Bréfritari: Lárus Bjarnason
Dagsetning: A-1880-04-22
Skrifað á: Vesturheimi

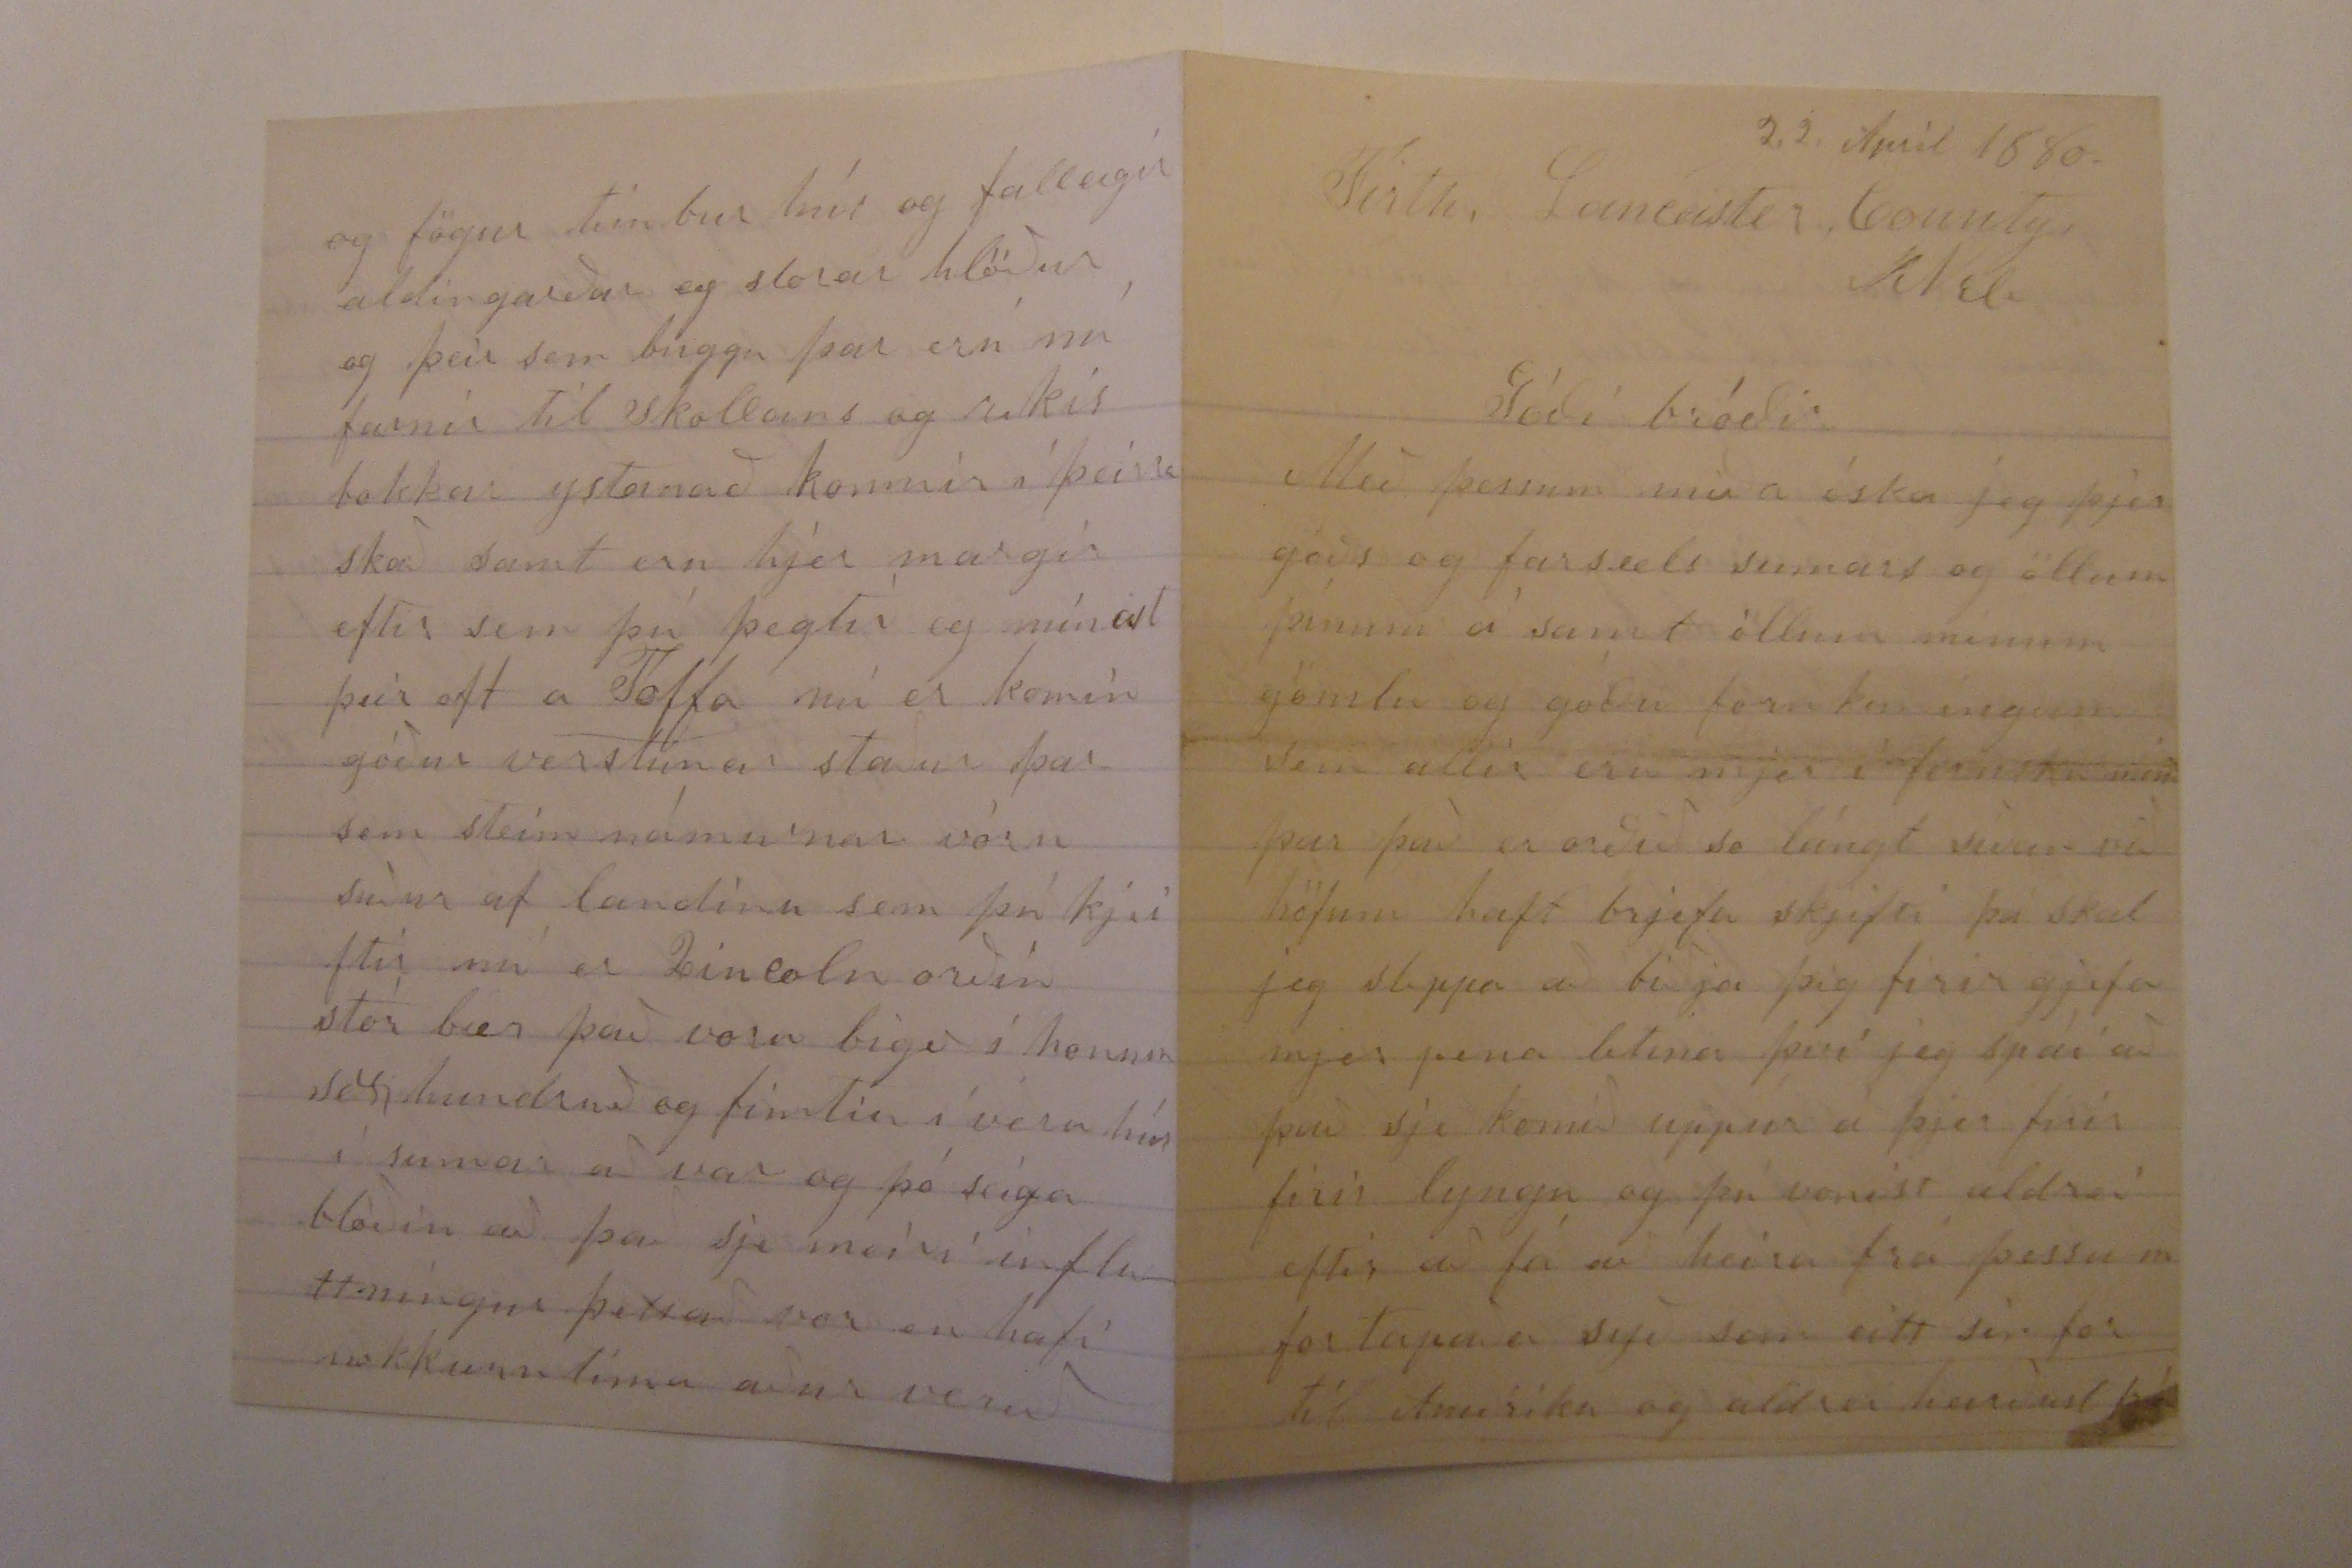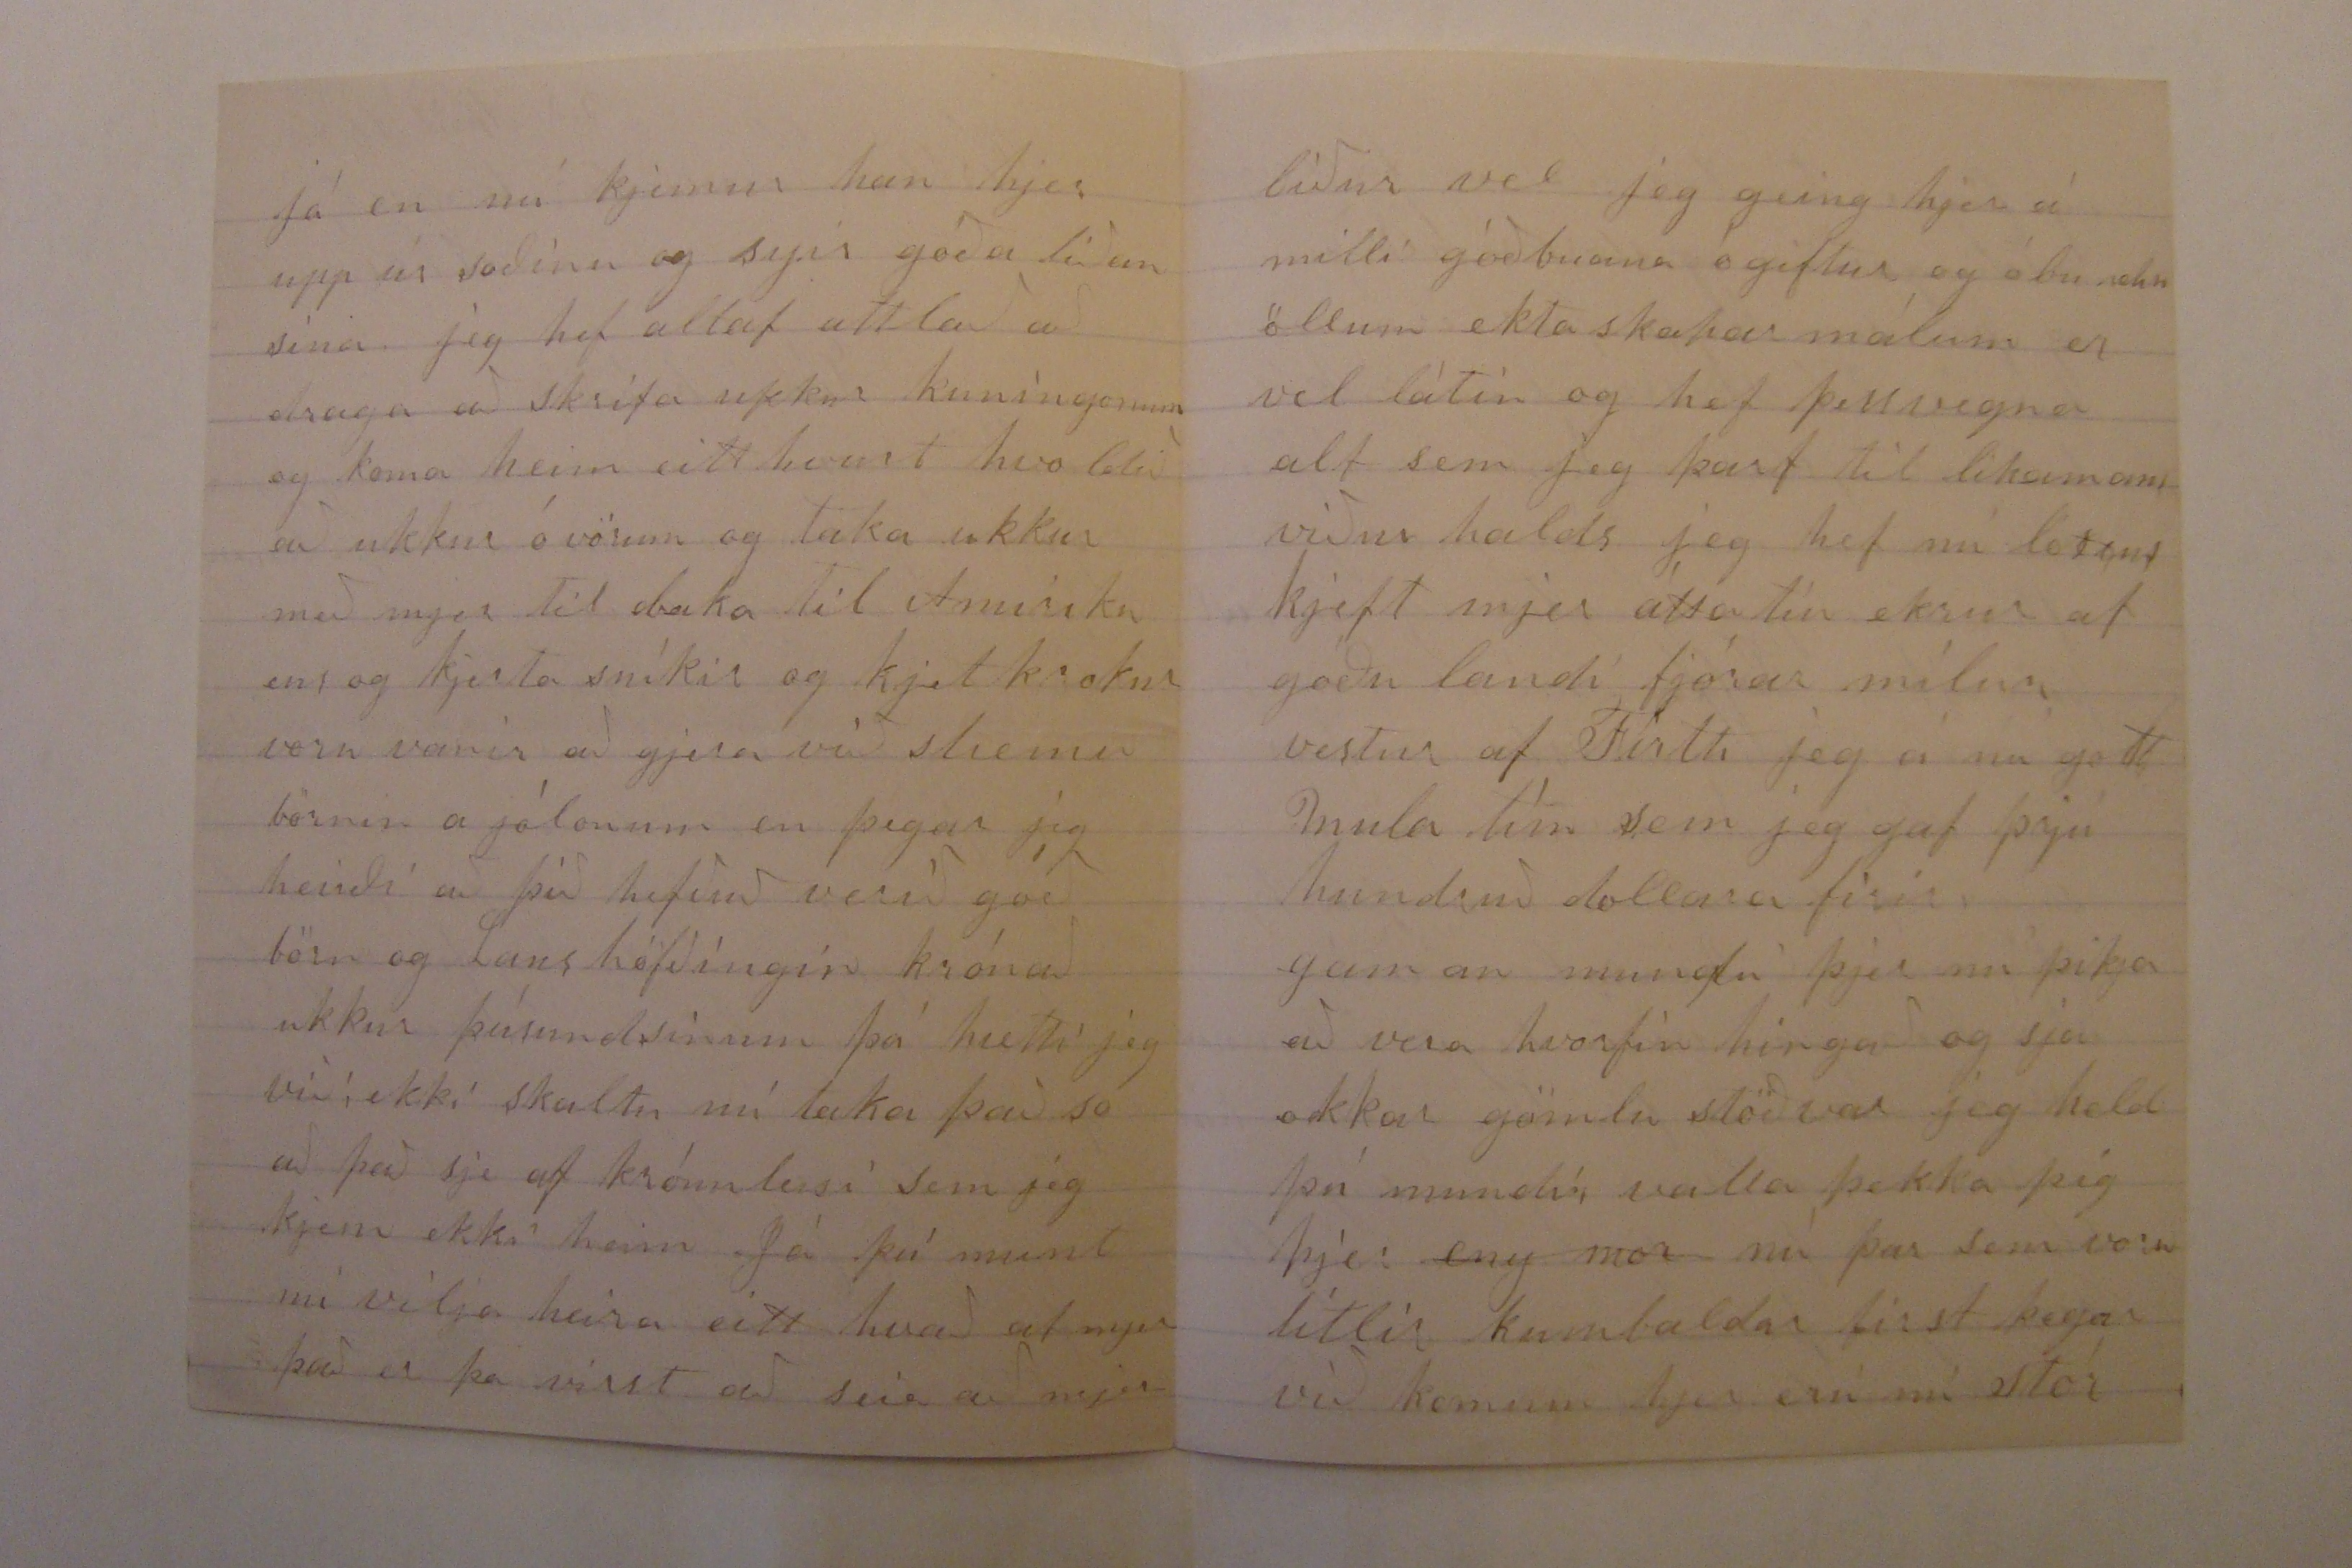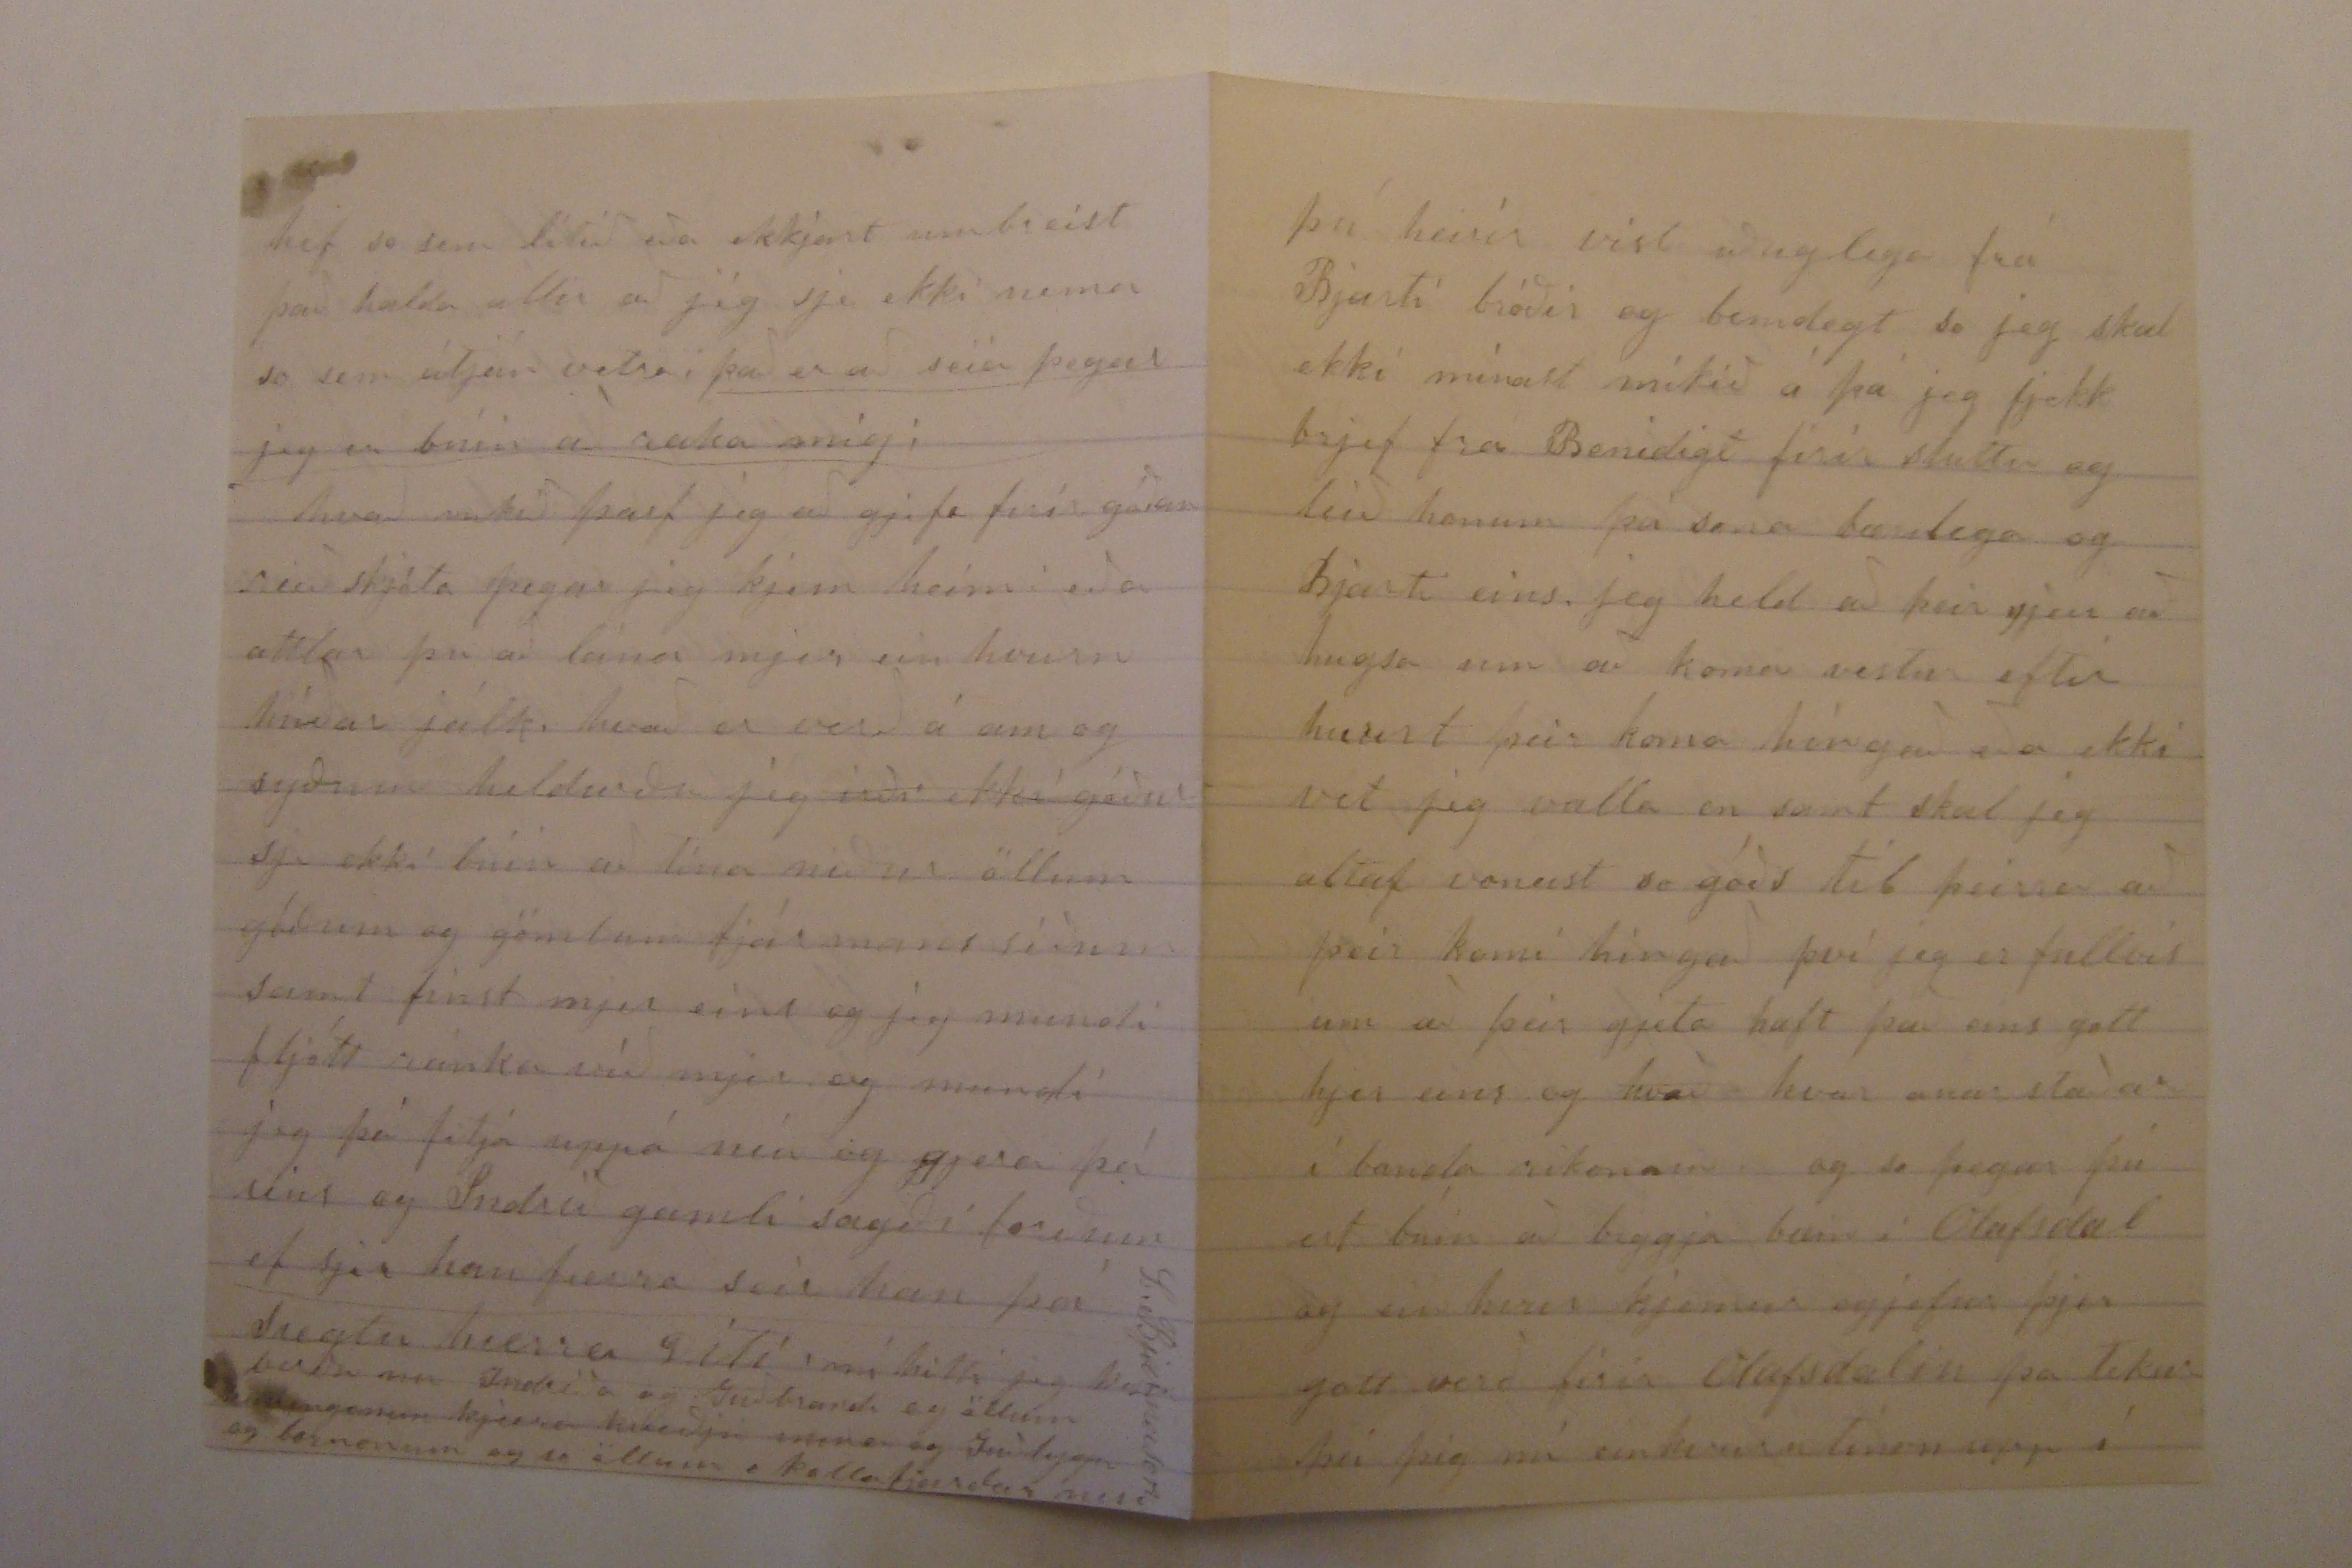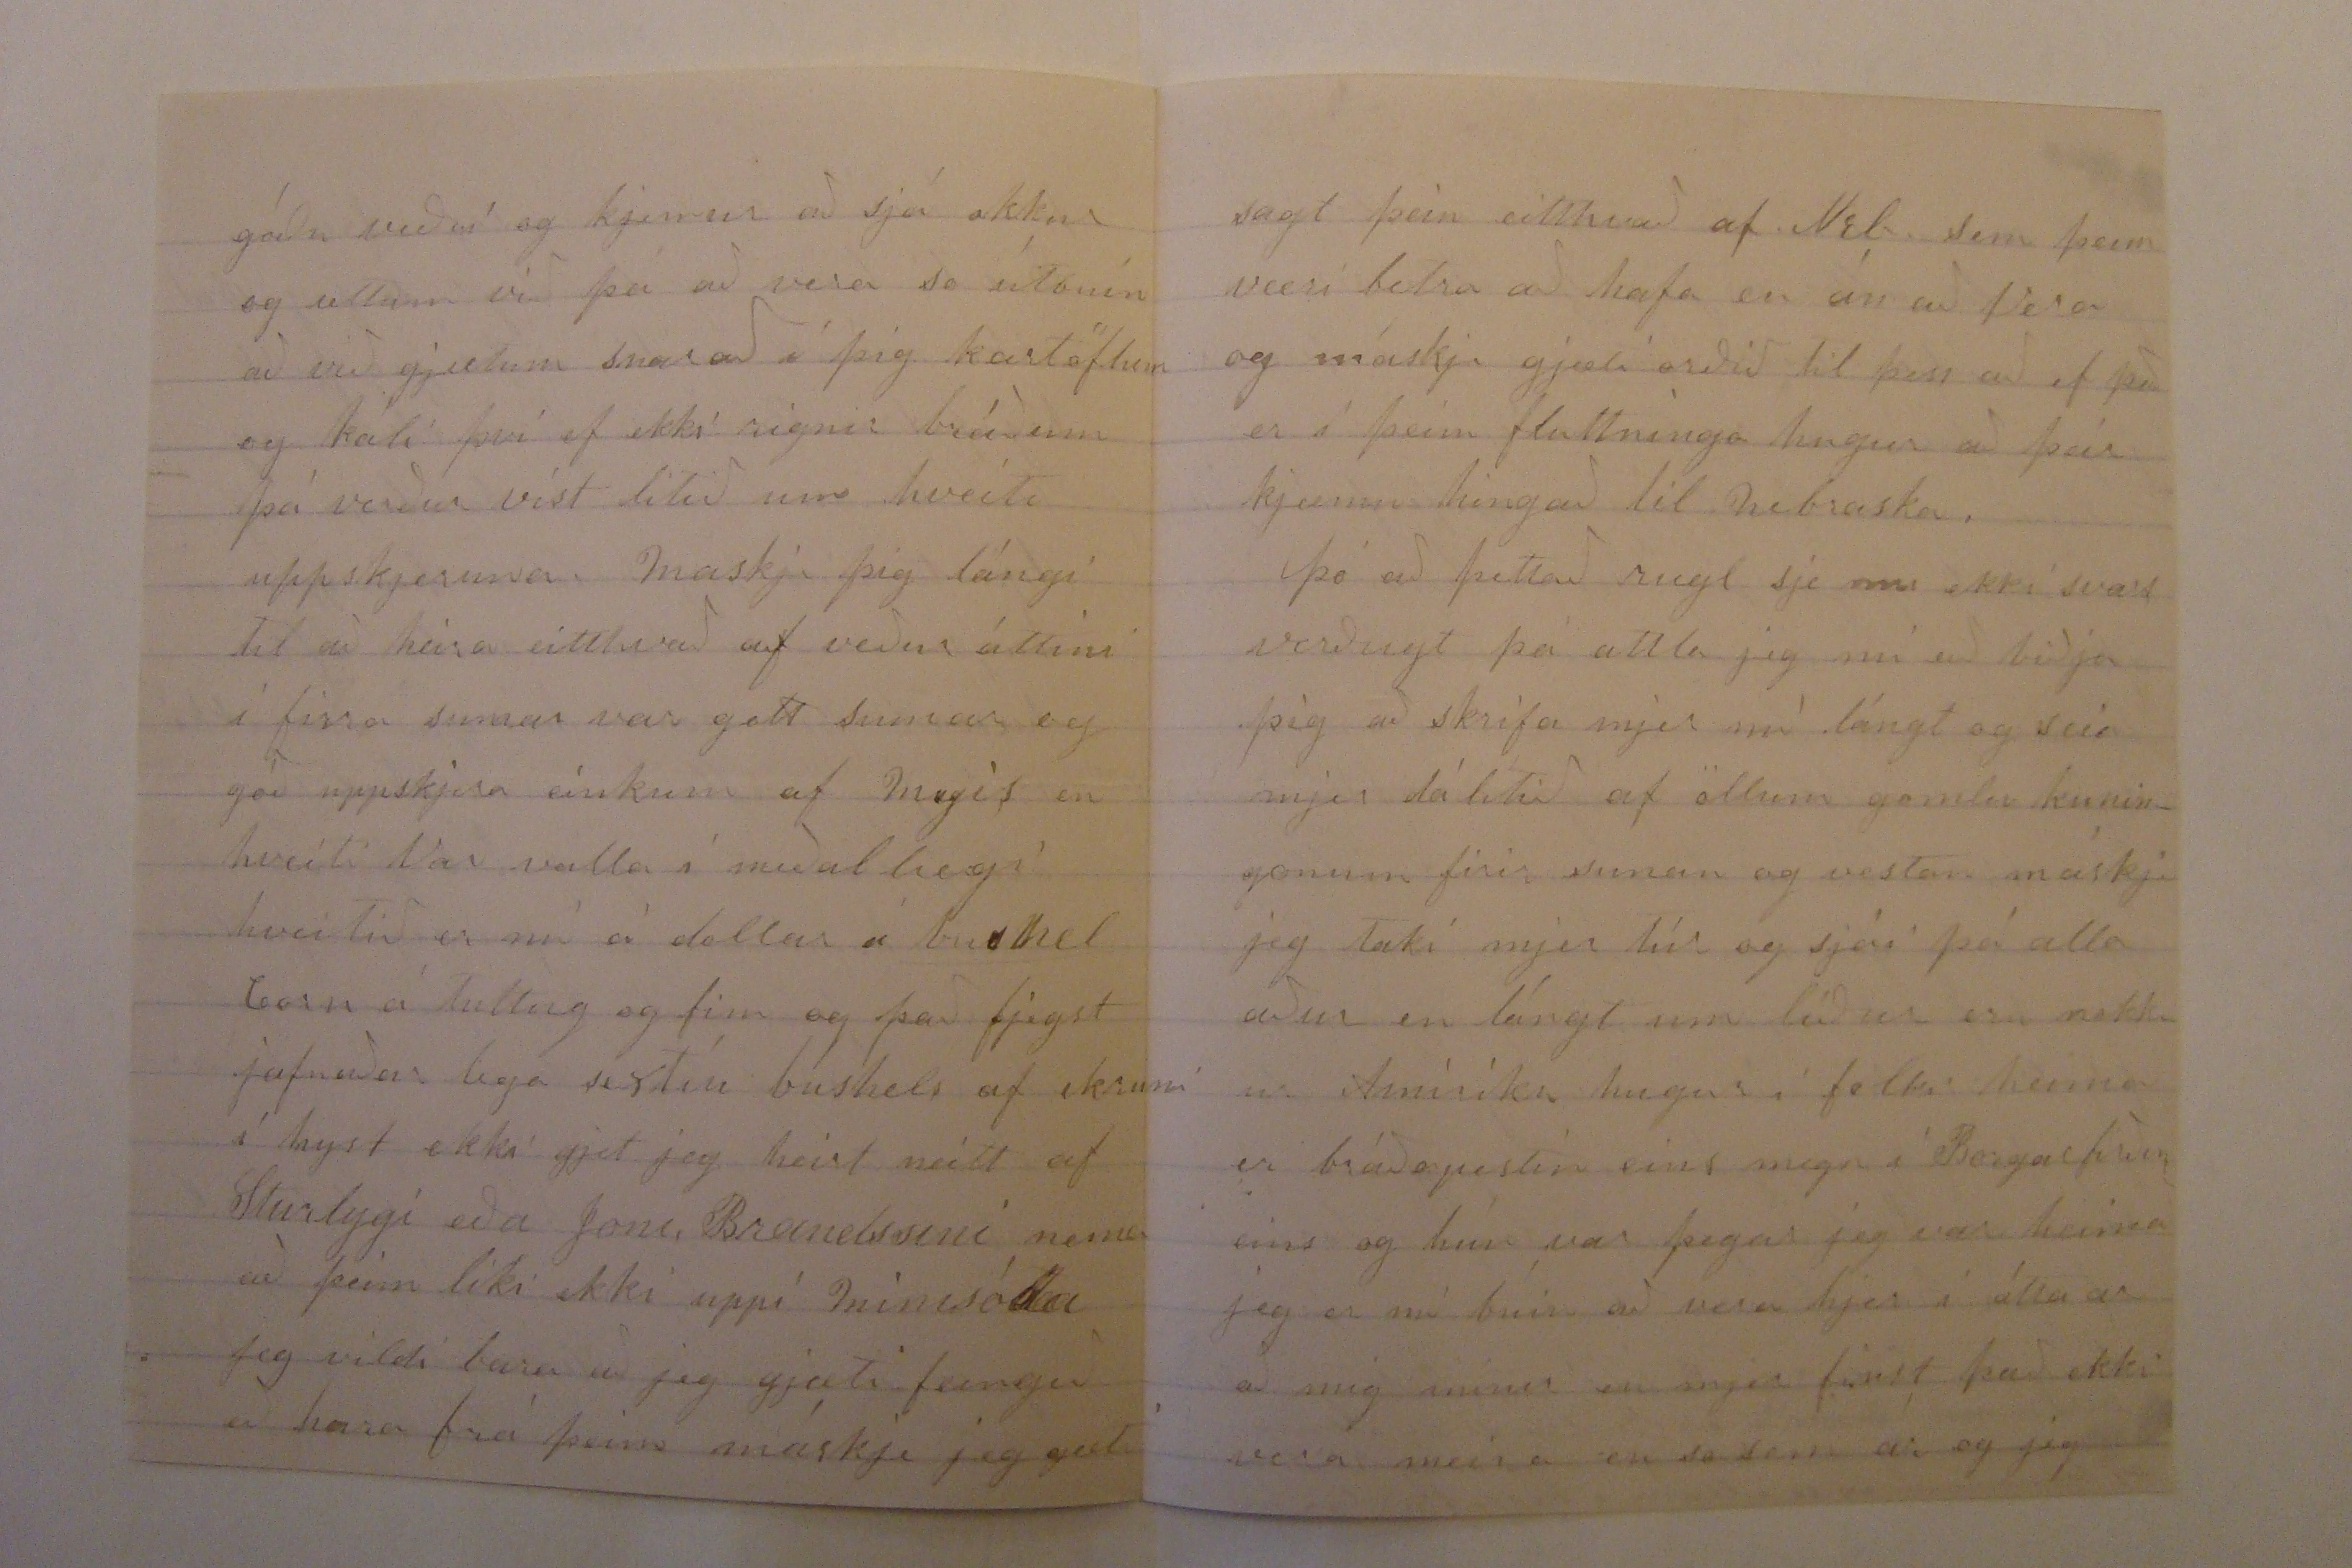

22. Apríl 1880.
Firth. Lancaster County, Neb
Góði bróðir
Með þessum miða óska jeg þjer góðs og farsæls sumars og öllum þínum á samt öllum mínum gömlu og góðu fornkuníngum sem allir eru mjer í ferusku mini þar það er orðið so lángt síðan við höfum haft brjefa skjifti þá skal jeg sleppa að biðja þig firirgjefa mjer pena letina því jeg spái að það sje komið uppúr á þjer firir firir lyngu og þú vonist aldrei eftir að fá að heira frá þessum fortapaða syð
sem eitt sin fór til Amiríku og aldrei heirðist frá
já en nú kjemur han hjer upp úr soðinu og sejir góða líðan sína jeg hef altaf attlað að draga að skrifa ukkur kuningonum og koma heim eitthvurt hvoldið að ukkur óvörum og taka ukkur með mjer til baka til Amiríku ens og kjertasníkir og kjetkrokur voru vanir að gjera við slæmu börnin a jólonum en þegar jeg heirði að þið hefðuð verið góð börn og Lanshöfðingin krónað ukkur þúsundsinum þá hætti jeg við; ekki skaltu nú taka það so að það sje af krónuleisi sem jeg kjem ekki heim Já þú munt nú vilja heira eitt hvað af mjer það er þa visst að seia að mjer
líður vel jeg geing hjer á milli góðbuana ógiftur og óbundin öllum ektaskaparmálum er vel látin og hef þessvegna alt sem jeg þarf til líkamans viðurhalds jeg hef loxins kjeft mjer áttatíu ekrur af góðu landi fjórar mílur vestur af Firth jeg á nú gott mulatím sem jeg gaf þrjú hundruð dollara firir. gaman mundi þjer nú þikja að vera horfin hingað og sja okkar gömlu stövðar jeg held þú mundir valla þekka þig hjer
eny mor
nú þar sem voru litlir kumbaldar first þegar við komum hjer eru nú stór
og fögur timburhús og fallegir aldingarðar og storar blöðrur og þeir sem buggu þar eru nú farnir til Skollands og 00kir bakkar ystanað komnir í þeirra stað samt eru hjer margir eftir sem þú þegtir og minast þeir oft a
Torfa
nú er komin góður verslunar staður þar sem stein námurnar vóru suður af landinu sem þú kjeiftir nú er Lincoln orðin stór bær það voru bigð í honum sexhundruð og fimtíu íveruhús í sumar að var og þó seiga blöðin að það sje meiri influttningur þettað vor en hafi nokkurn tíma aður verið
þú heirir víst iðuglega frá Bjarti bróðir og benidigt so jeg skal ekki minast mikið á þá jeg fjekk brjef frá Benidigt firir stuttu og leið honum þá sona bærilega og Bjarti eins. jeg held að þeir sjeu að hugsa um að koma vestur eftir hvurt þeir koma híngað eða ekki vet jeg valla en samt skal jeg altaf vonast so góðs til þeirra að þeir komi hingað því jeg er fullvis um að þeir gjeta haft það eins gott hjer eins og
hvað
hvar anar staðar í banda ríkonum og so þegar þú ert búin að biggja bæin í Olafsdal og einhvur kjemur ogjefur þjer gott verð firir Olafsdalin þa tekur þú þig nú einhvurntíman upp í
góðu veðri og kjemur að sjá okkur og ætlum við þá að vera so útbúin að við gjetum snarað á þig kartöflum og káli því ef ekki rignir bráðum þá verður víst lítið um hveiti uppskjeruna maskji þig lángi til að heira eitthvað af veðuráttini í firra sumar var gott sumar og góð uppskjera einkum af majis en hveiti var valla í meðallægi hveitið er nú á dollar á
bushel
Corn á tuttug og fim og það fjegst jafnaðarlega sextíu bushels af ekruni í hyst ekki gjet jeg heirt neitt af Sturlygi eða Joni Brandssini nema að þeim líki ekki uppí minisóta jeg vildi bara að jeg gjæti feingið að heira frá þeim máskji jeg gæti
sagt þeim eitthvað af Neb. sem þeim væri betra að hafa en án að vera og máskji gjæti orðið til þess að ef það er í þeim fluttninga hugur að þeir kjæmu hingað til nebraska.
Þó að þettað rugl sje nu ekki svars verðugt þá attla jeg nú að biðja þig að skrifa mjer nú lángt og seia mjer dálítið af öllum gomlu kuningonum firir sunan og vestan máskji jeg taki mjer túr og sjái þá alla aður en lángt um líður eru nokkur Amiríku hugur í folki heima er bráðapestin eins megn í Borgarfirðin eins og hún var þegar jeg var heima jeg er nú buin að vera hjer í átta ar að mig minir en mjer finst það ekki vera meira en so sem ár og jeg
hef so sem lítið eða ekkjert umbreist það halda allir að jeg sje ekki nema so sem átján vetra:
það er að seia þegar jeg er búin að raka mig;
hvað mikið þarf jeg að gjefa firir góðan reiðskjóta þegar jeg kjem heim eða attlar þú að lána mjer einhvurn hríðar jálk hvað er verð á am og syðum heldurðu jeg
irði ekki góður
sje ekki búin að tína niður öllum góðum og gömlum fjármanssiðum samt finst mjer eins og jeg mundi fljótt ránka við mjer og mundi jeg þá fitja uppá níu og gjera þá eins og Indrið gamli sagði forðum
ef sjer han færra seir han þá sægtu hærra 0000
nú hitti jeg þessu berðu nu Indriða og Guðbrandi og öllum kuningonum kjæra kveðju mina og Guðlygu og bornonum og so öllum a kollafjarðarnesi
L. Bjarnason